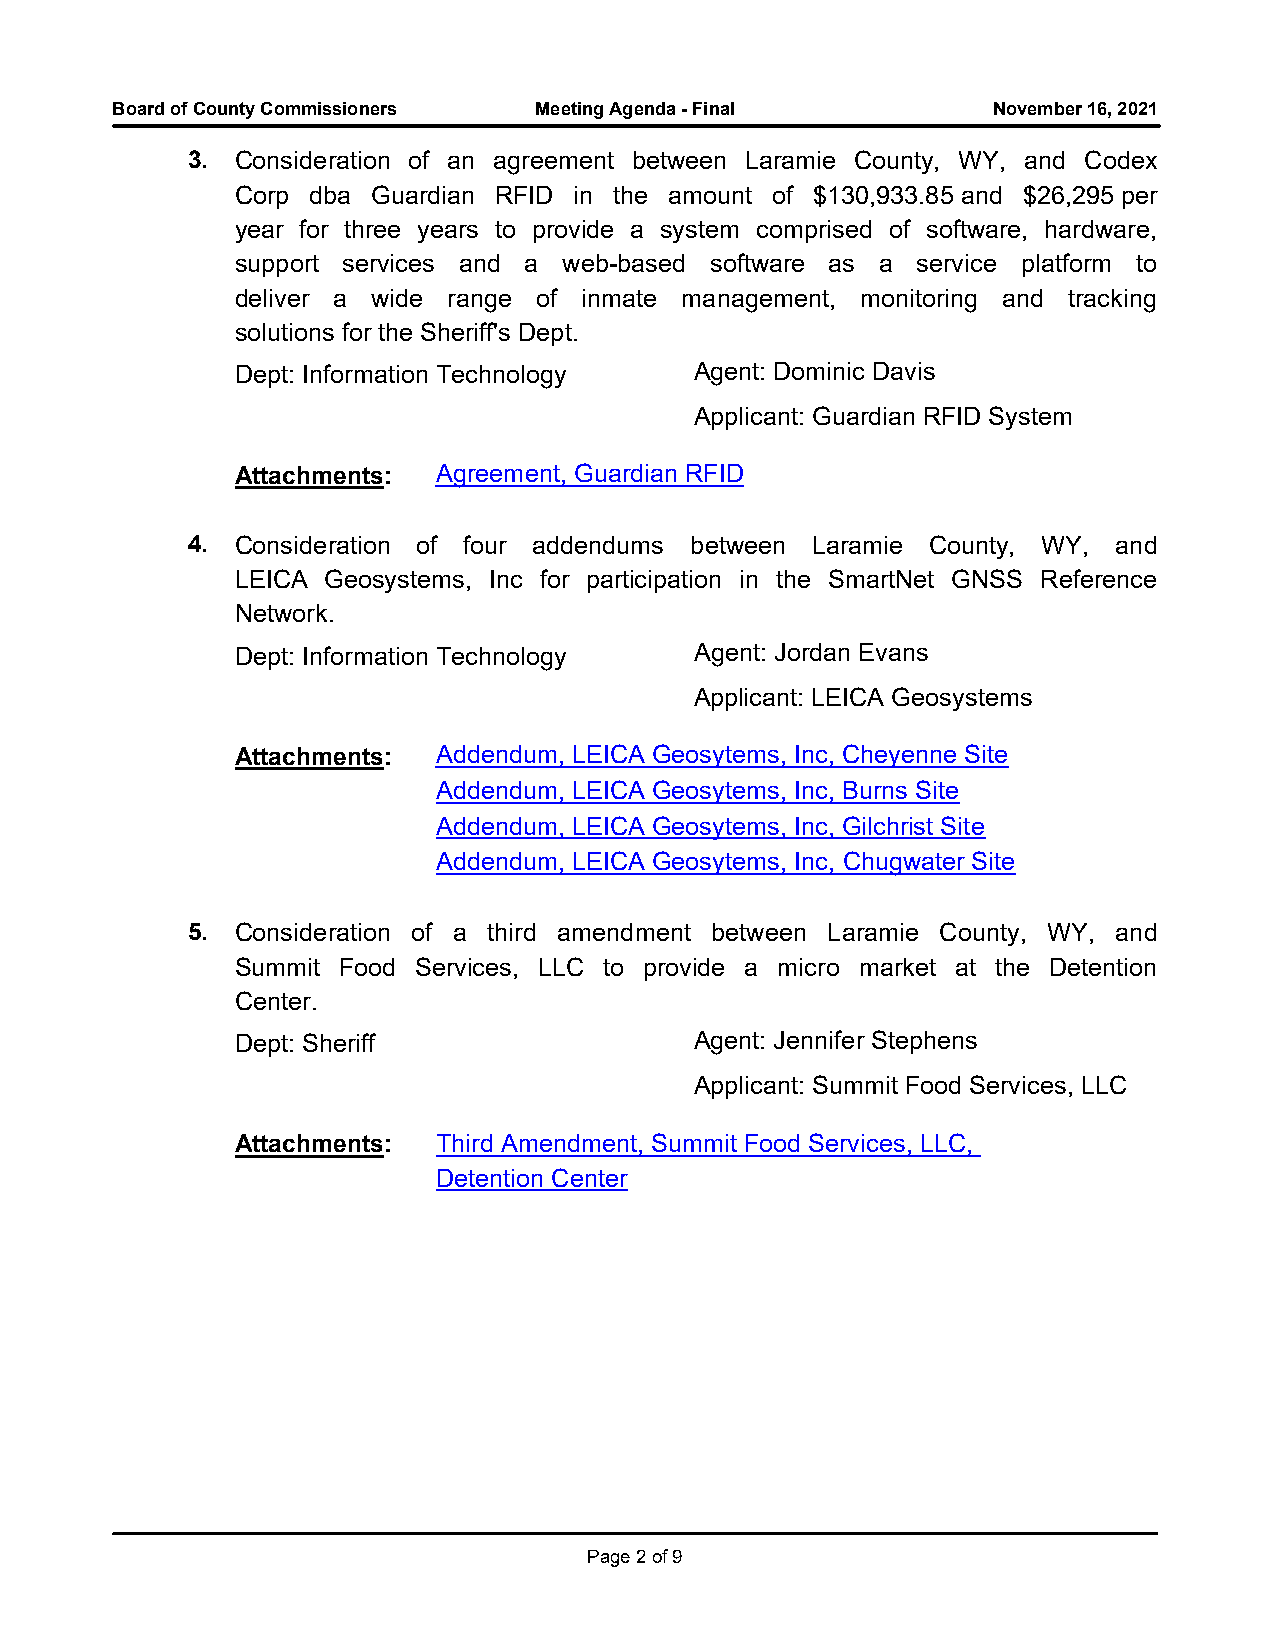
Board of County Commissioners Meeting Agenda - Final       November 16, 2021
 3.  Consideration of an agreement between Laramie County, WY, and Codex
 Corp dba Guardian RFID in the amount of $130,933.85 and $26,295 per
 year for three years to provide a system comprised of software, hardware,
 support services and a web-based software as a service platform to
 deliver a wide range of inmate management, monitoring and tracking
 solutions for the Sheriff's Dept.
 Dept: Information Technology  Agent: Dominic Davis
 Applicant: Guardian RFID System
 Attachments: Agreement, Guardian RFID
 4.  Consideration of four addendums between Laramie County, WY, and
 LEICA Geosystems, Inc for participation in the SmartNet GNSS Reference
 Network.
 Dept: Information Technology  Agent: Jordan Evans
 Applicant: LEICA Geosystems
 Attachments: Addendum, LEICA Geosytems, Inc, Cheyenne Site
 Addendum, LEICA Geosytems, Inc, Burns Site
 Addendum, LEICA Geosytems, Inc, Gilchrist Site
 Addendum, LEICA Geosytems, Inc, Chugwater Site
 5.  Consideration of a third amendment between Laramie County, WY, and
 Summit Food Services, LLC to provide a micro market at the Detention
 Center.
 Dept: Sheriff                 Agent: Jennifer Stephens
 Applicant: Summit Food Services, LLC
 Attachments: Third Amendment, Summit Food Services, LLC,
 Detention Center
 Page 2 of 9